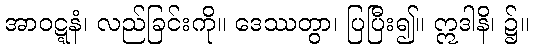
အာဝဋ္ဋနံ၊ လည်ခြင်းကို။ ဒေဿတွာ၊ ပြပြီး၍။ ဣဒါနိ၊ ၌။